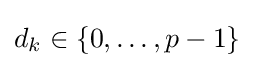
d_{k}\in \{0,\dots ,p-1\}